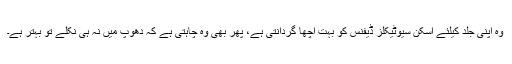
وہ اپنی جِلد کیلئے اسکن سیوٹیکلز ڈیفنس کو بہت اچھا گردانتی ہے، پھر بھی وہ چاہتی ہے کہ دھوپ میں نہ ہی نکلے تو بہتر ہے۔